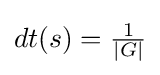
dt(s)={\tfrac {1}{|G|}}